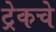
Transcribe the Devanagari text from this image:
ट्रेकचे